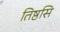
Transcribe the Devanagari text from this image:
तिष्ठसि